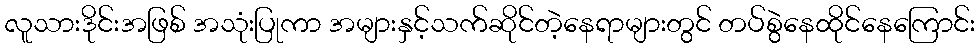
လူသားဒိုင်းအဖြစ် အသုံးပြုကာ အများနှင့်သက်ဆိုင်တဲ့နေရာများတွင် တပ်စွဲနေထိုင်နေကြောင်း